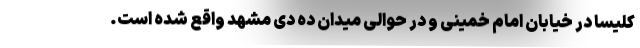
کلیسا در خیابان امام خمینی و در حوالی میدان ده دی مشهد واقع شده است.